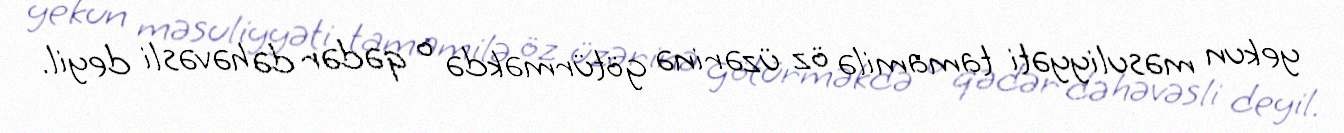
yekun məsuliyyəti tamamilə öz üzərinə götürməkdə o qədər də həvəsli deyil.